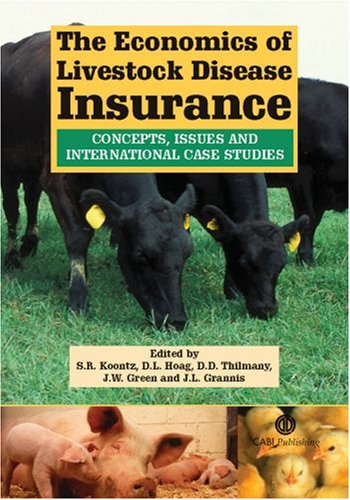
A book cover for The Economics of Livestock Disease Insurance: Concepts, Issues and International Case Studies (Cabi); Stephen R Koontz; Business & Money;